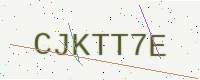
Text: CJKTT7E